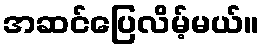
အဆင်ပြေလိမ့်မယ်။